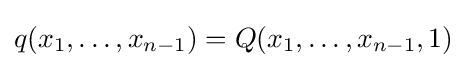
q(x_{1},\ldots ,x_{n-1})=Q(x_{1},\ldots ,x_{n-1},1)